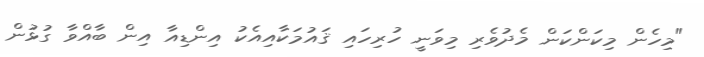
"މިހެން މިކަންކަން މެދުވެރި މިވަނީ ހުރިހައި ޤައުމަކާއިއެކު އިންޑިއާ އިން ބާއްވާ ގުޅުން